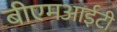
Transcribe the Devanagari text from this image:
बीएमआईटी